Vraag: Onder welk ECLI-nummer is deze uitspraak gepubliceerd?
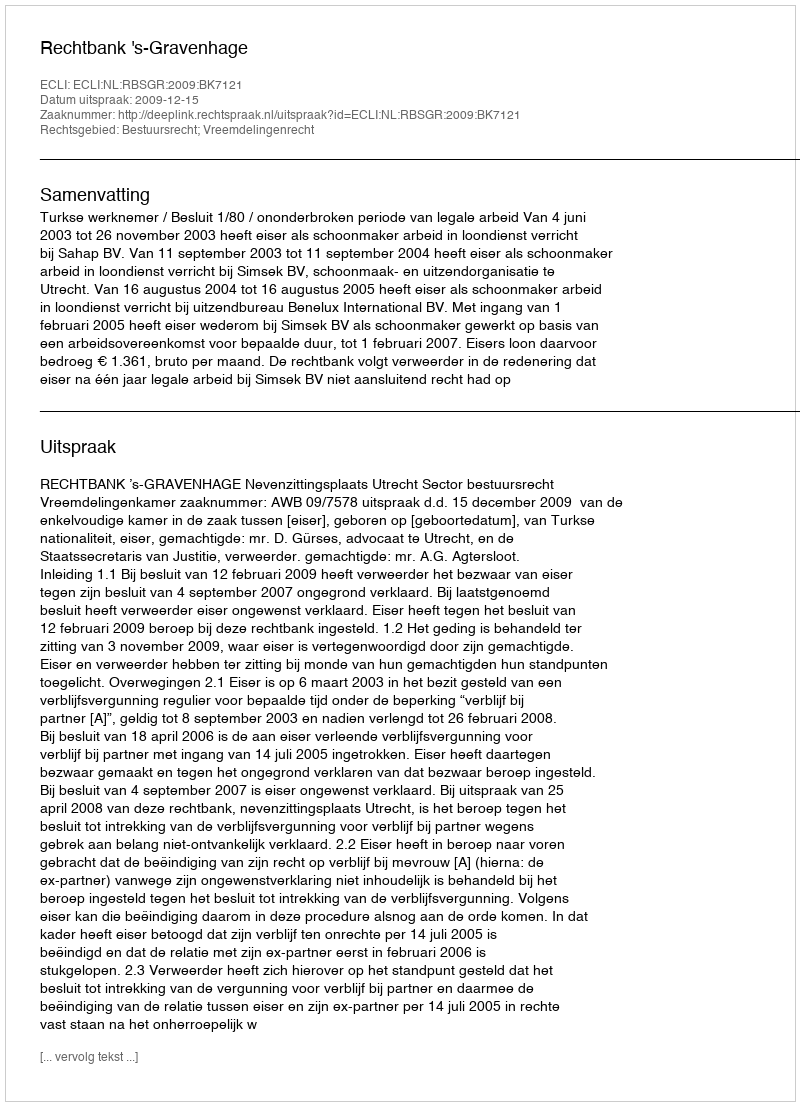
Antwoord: ECLI:NL:RBSGR:2009:BK7121